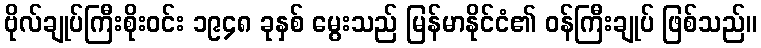
ဗိုလ်ချုပ်ကြီးစိုးဝင်း ၁၉၄၈ ခုနှစ် မွေးသည် မြန်မာနိုင်ငံ၏ ဝန်ကြီးချုပ် ဖြစ်သည်။